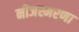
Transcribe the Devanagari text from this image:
नीजस्मरणा